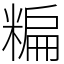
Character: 糄